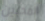
المحبين